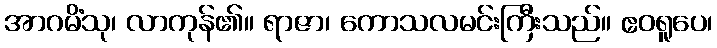
အာဂမိံသု၊ လာကုန်၏။ ရာဇာ၊ ကောသလမင်းကြီးသည်။ ဧဝရူပေ၊